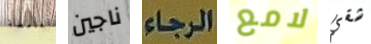
الغامضة ناجين الرجاء لامع شقي